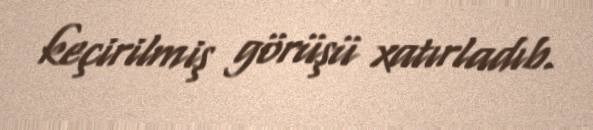
keçirilmiş görüşü xatırladıb.